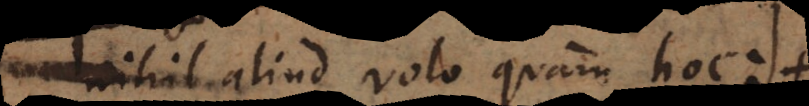
nihil aliud volo quam hoc: